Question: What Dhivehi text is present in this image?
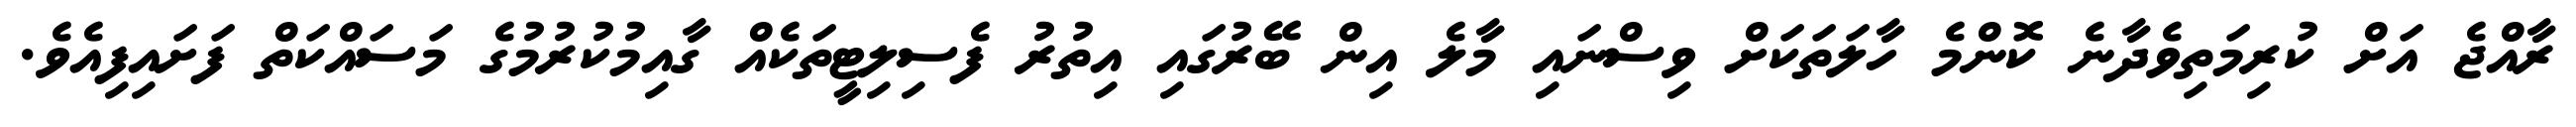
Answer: ރާއްޖެ އަށް ކުރިމަތިވެދާނެ ކޮންމެ ހާލަތަކަށް ވިސްނައި މާލެ އިން ބޭރުގައި އިތުރު ފެސިލިޓީތަކެއް ގާއިމުކުރުމުގެ މަސައްކަތް ފަށައިފިއެވެ.